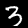
Label: 3